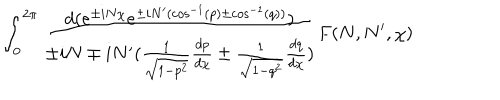
\int _ { 0 } ^ { 2 \pi } \frac { d ( e ^ { \pm i N \chi } e ^ { \pm i N ^ { \prime } ( \cos ^ { - 1 } ( p ) \pm \cos ^ { - 1 } ( q ) ) } ) } { \pm i N \mp i N ^ { \prime } ( \frac { 1 } { \sqrt { 1 - p ^ { 2 } } } \frac { d p } { d \chi } \pm \frac { 1 } { \sqrt { 1 - q ^ { 2 } } } \frac { d q } { d \chi } ) } F ( N , N ^ { \prime } , \chi )